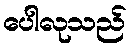
ပေါလုသည်